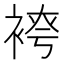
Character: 𫋾